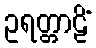
ဥရတ္တာဠိံ